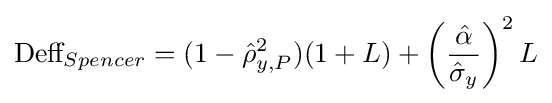
{\text{Deff}}_{Spencer}=(1-{\hat {\rho }}_{y,P}^{2})(1+L)+\left({\frac {\hat {\alpha }}{{\hat {\sigma }}_{y}}}\right)^{2}L